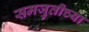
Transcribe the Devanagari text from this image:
समजुतीच्या